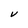
Character: V